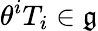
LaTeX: \theta^{i}T_{i}\in{\mathfrak{g}}